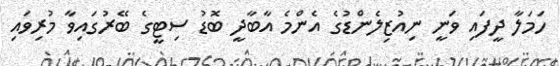
ހަމަލާ ދީފައި ވަނީ ނިއުޒިލެންޑުގެ އެންމެ އާބާދީ ބޮޑު ސިޓީގެ ބޭރުގައިވާ މުރިވައި